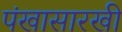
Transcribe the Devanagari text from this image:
पंखासारखी